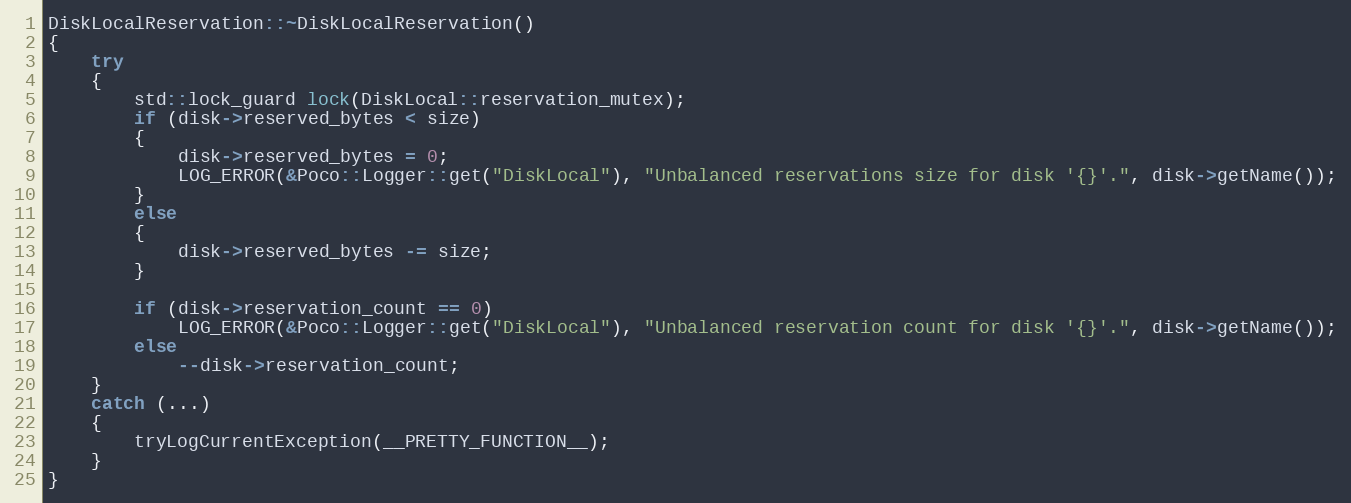
Language: C++
DiskLocalReservation::~DiskLocalReservation()
{
    try
    {
        std::lock_guard lock(DiskLocal::reservation_mutex);
        if (disk->reserved_bytes < size)
        {
            disk->reserved_bytes = 0;
            LOG_ERROR(&Poco::Logger::get("DiskLocal"), "Unbalanced reservations size for disk '{}'.", disk->getName());
        }
        else
        {
            disk->reserved_bytes -= size;
        }

        if (disk->reservation_count == 0)
            LOG_ERROR(&Poco::Logger::get("DiskLocal"), "Unbalanced reservation count for disk '{}'.", disk->getName());
        else
            --disk->reservation_count;
    }
    catch (...)
    {
        tryLogCurrentException(__PRETTY_FUNCTION__);
    }
}